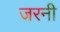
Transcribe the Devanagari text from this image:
जरनी